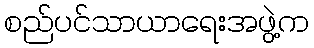
စည်ပင်သာယာရေးအဖွဲ့က